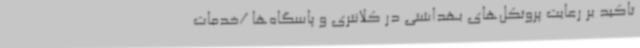
تاکید بر رعایت پروتکل‌های بهداشتی در کلانتری‌ و پاسگاه‌ها /خدمات